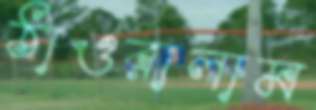
ঠাওরালাম